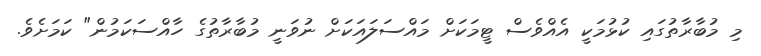
މި މުބާރާތުގައި ކުޅުމަކީ އެއްވެސް ޓީމަކަށް މައްސަލައަކަށް ނުވަނީ މުބާރާތުގެ ހާއްސަކަމުން" ކަމަށެވެ.